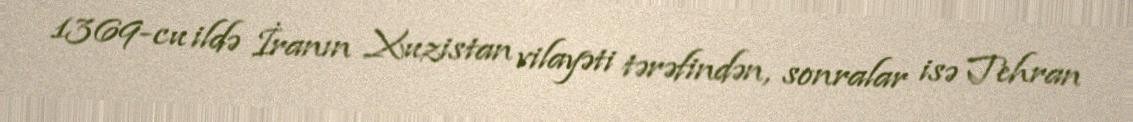
1369-cu ildə İranın Xuzistan vilayəti tərəfindən, sonralar isə Tehran